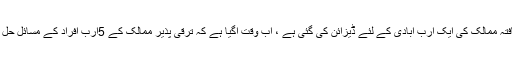
17 نومبر2016ء)موجودہ دور کی زیادہ تر جدید ٹیکنالوجی ترقی یافتہ ممالک کی ایک ارب آبادی کے لئے ڈیزائن کی گئی ہے ، اب وقت آگیا ہے کہ ترقی پذیر ممالک کے 5ارب افراد کے مسائل حل کرنے کے لئے سستے سمارٹ فون اور سافٹ ویئر تیار کیے جائیں۔